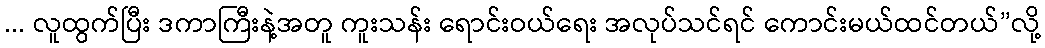
... လူထွက်ပြီး ဒကာကြီးနဲ့အတူ ကူးသန်း ရောင်းဝယ်ရေး အလုပ်သင်ရင် ကောင်းမယ်ထင်တယ်”လို့